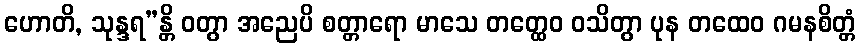
ဟောတိ, သုန္ဒရ”န္တိ ဝတွာ အညေပိ စတ္တာရော မာသေ တတ္ထေဝ ဝသိတွာ ပုန တထေဝ ဂမနစိတ္တံ